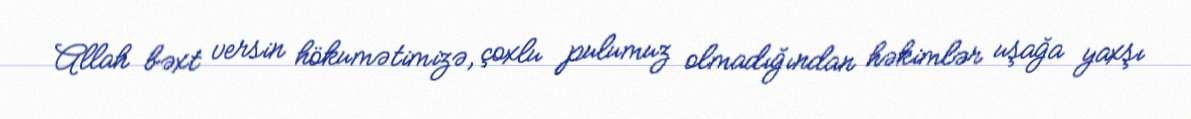
Allah bəxt versin hökumətimizə, çoxlu pulumuz olmadığından həkimlər uşağa yaxşı